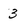
Character: 3